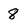
Character: 8